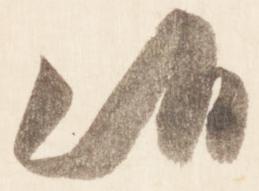
候